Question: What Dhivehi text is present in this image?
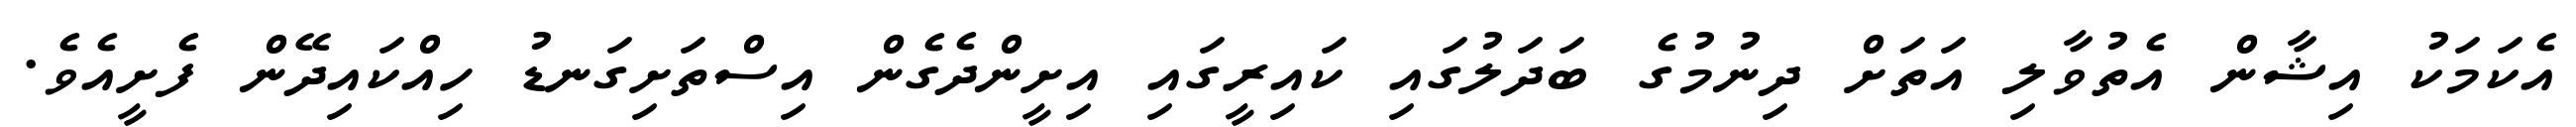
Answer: އެކަމަކު އިޝާން އެތުވާލި އަތަށް ދިނުމުގެ ބަދަލުގައި ކައިރީގައި އިށީންދެގެން އިސްތަށިގަނޑު ހިއްކައިދޭން ފެށީއެވެ.